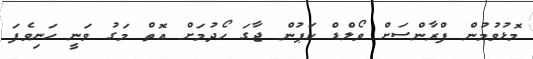
މޮޅުވުމުން ފްރާންސަށް ވޯލްޑް ކަޕުން ޖާގަ ހޯދުމަށް އޮތް މަގު ވަނީ ހަނިވެފަ